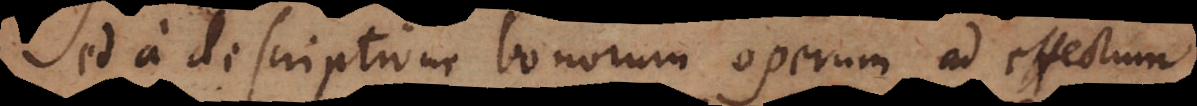
Sed a descriptione bonorum operum ad effectum